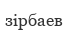
зірбаев